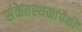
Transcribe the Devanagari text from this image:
संकेतस्थळांपैकी